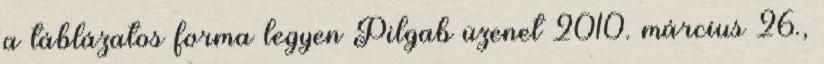
a táblázatos forma legyen Pilgab üzenet 2010. március 26.,